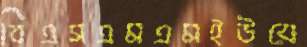
বিএসএমএমইউয়ে